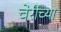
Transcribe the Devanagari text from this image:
चेरीच्या